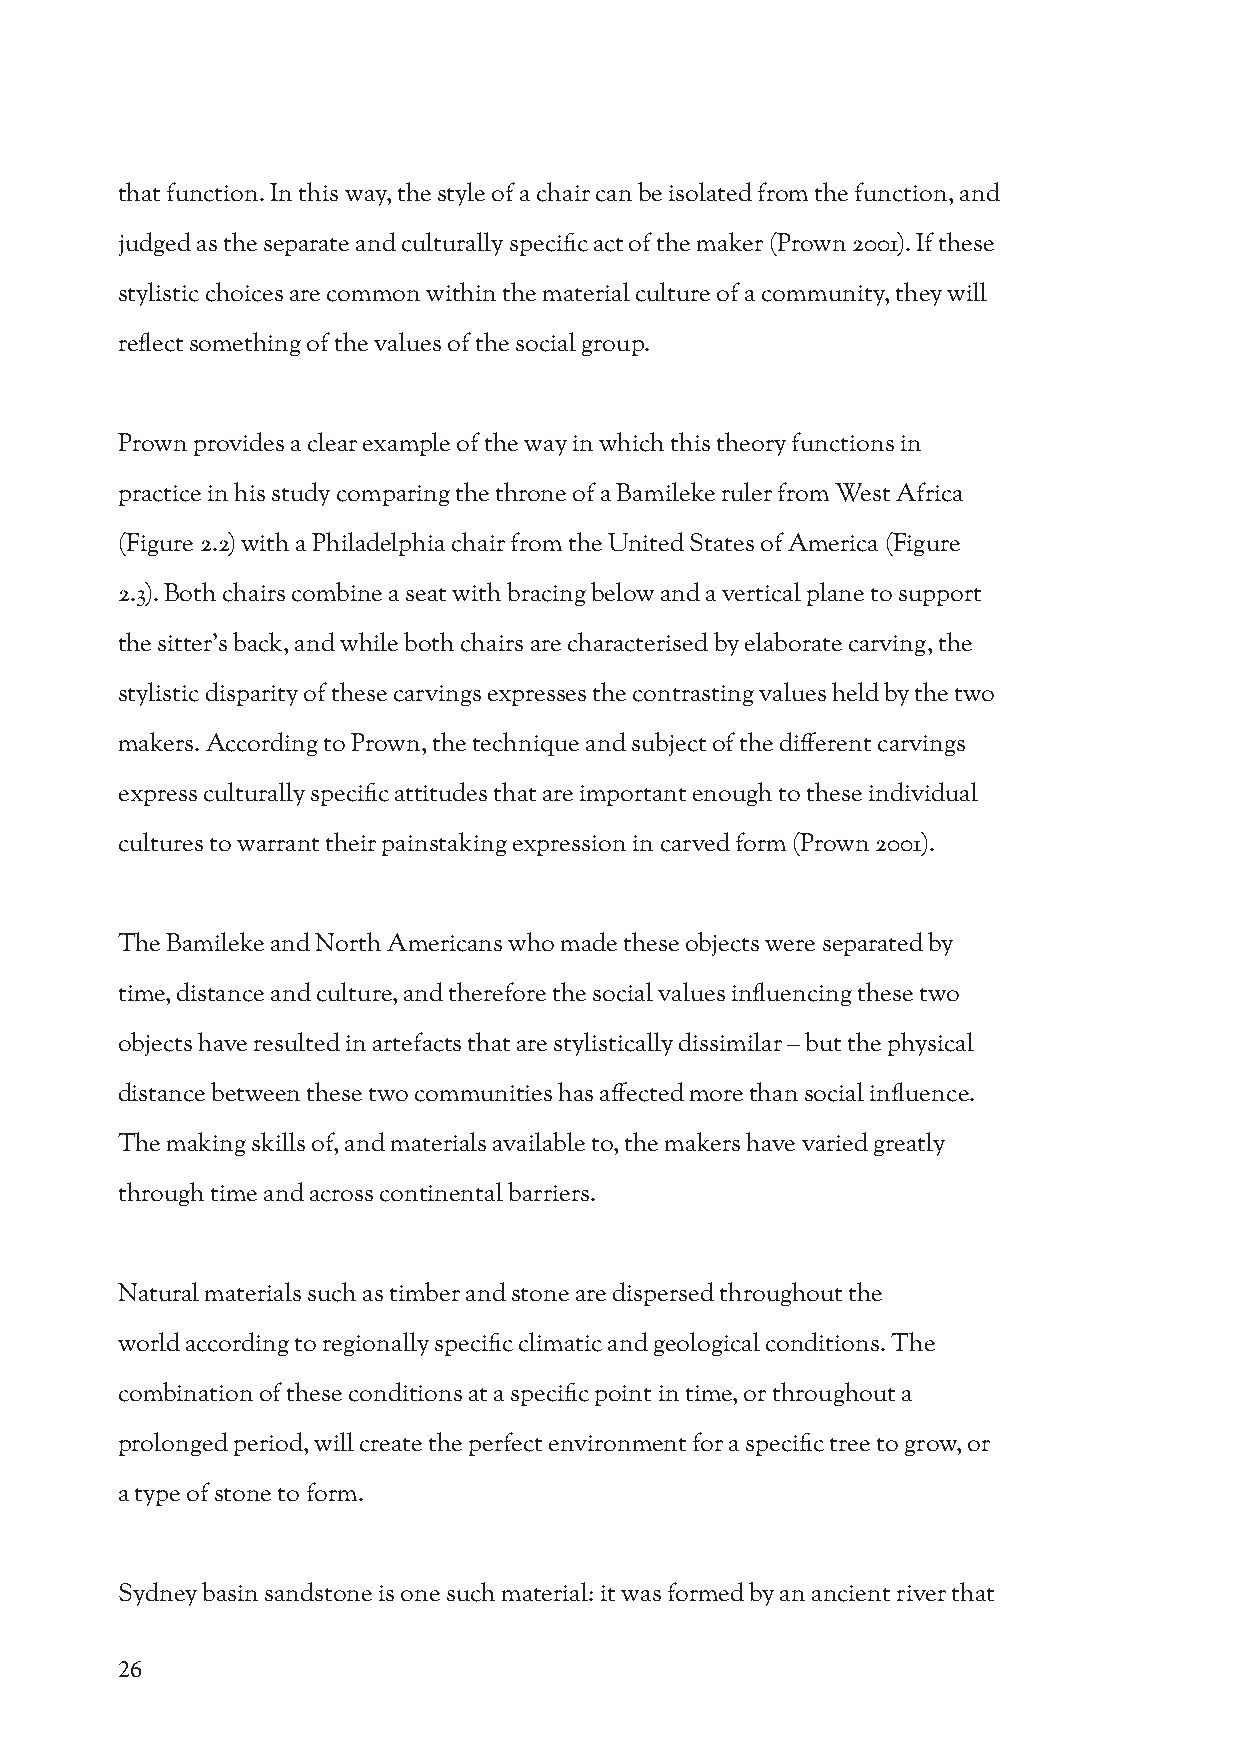
that function. In this way, the style of a chair can be isolated from the function, and
 judged as the separate and culturally specific act of the maker (Prown 2001). If these
 stylistic choices are common within the material culture of a community, they will
 reflect something of the values of the social group.
 Prown provides a clear example of the way in which this theory functions in
 practice in his study comparing the throne of a Bamileke ruler from West Africa
 (Figure 2.2) with a Philadelphia chair from the United States of America (Figure
 2.3). Both chairs combine a seat with bracing below and a vertical plane to support
 the sitter’s back, and while both chairs are characterised by elaborate carving, the
 stylistic disparity of these carvings expresses the contrasting values held by the two
 makers. According to Prown, the technique and subject of the different carvings
 express culturally specific attitudes that are important enough to these individual
 cultures to warrant their painstaking expression in carved form (Prown 2001).
 The Bamileke and North Americans who made these objects were separated by
 time, distance and culture, and therefore the social values influencing these two
 objects have resulted in artefacts that are stylistically dissimilar – but the physical
 distance between these two communities has affected more than social influence.
 The making skills of, and materials available to, the makers have varied greatly
 through time and across continental barriers.
 Natural materials such as timber and stone are dispersed throughout the
 world according to regionally specific climatic and geological conditions. The
 combination of these conditions at a specific point in time, or throughout a
 prolonged period, will create the perfect environment for a specific tree to grow, or
 a type of stone to form.
 Sydney basin sandstone is one such material: it was formed by an ancient river that
 26